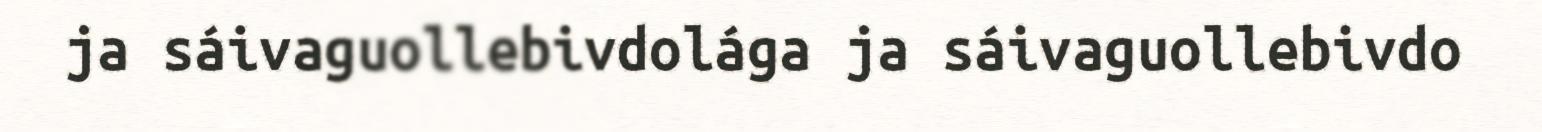
ja sáivaguollebivdolága ja sáivaguollebivdo